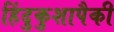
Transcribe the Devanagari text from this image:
हिंदुकुशापैकी